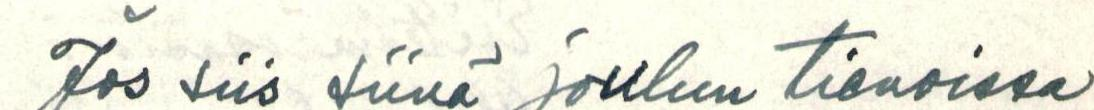
Jos siis siinä joulun tienoissa